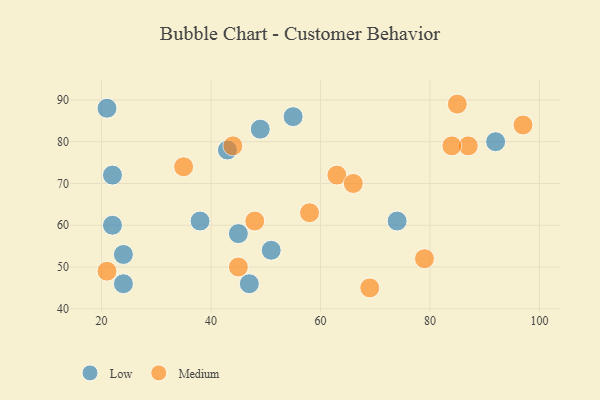
{"axis": {"x": "GDP", "y": "Life Expectancy"}, "legend": ["Low", "Medium"], "data": [{"x": "24", "y": 53, "type": "Low"}, {"x": "43", "y": 78, "type": "Low"}, {"x": "55", "y": 86, "type": "Low"}, {"x": "45", "y": 58, "type": "Low"}, {"x": "92", "y": 80, "type": "Low"}, {"x": "38", "y": 61, "type": "Low"}, {"x": "22", "y": 72, "type": "Low"}, {"x": "51", "y": 54, "type": "Low"}, {"x": "21", "y": 88, "type": "Low"}, {"x": "24", "y": 46, "type": "Low"}, {"x": "49", "y": 83, "type": "Low"}, {"x": "74", "y": 61, "type": "Low"}, {"x": "47", "y": 46, "type": "Low"}, {"x": "22", "y": 60, "type": "Low"}, {"x": "35", "y": 74, "type": "Medium"}, {"x": "45", "y": 50, "type": "Medium"}, {"x": "87", "y": 79, "type": "Medium"}, {"x": "69", "y": 45, "type": "Medium"}, {"x": "21", "y": 49, "type": "Medium"}, {"x": "79", "y": 52, "type": "Medium"}, {"x": "63", "y": 72, "type": "Medium"}, {"x": "48", "y": 61, "type": "Medium"}, {"x": "97", "y": 84, "type": "Medium"}, {"x": "44", "y": 79, "type": "Medium"}, {"x": "66", "y": 70, "type": "Medium"}, {"x": "85", "y": 89, "type": "Medium"}, {"x": "84", "y": 79, "type": "Medium"}, {"x": "58", "y": 63, "type": "Medium"}]}